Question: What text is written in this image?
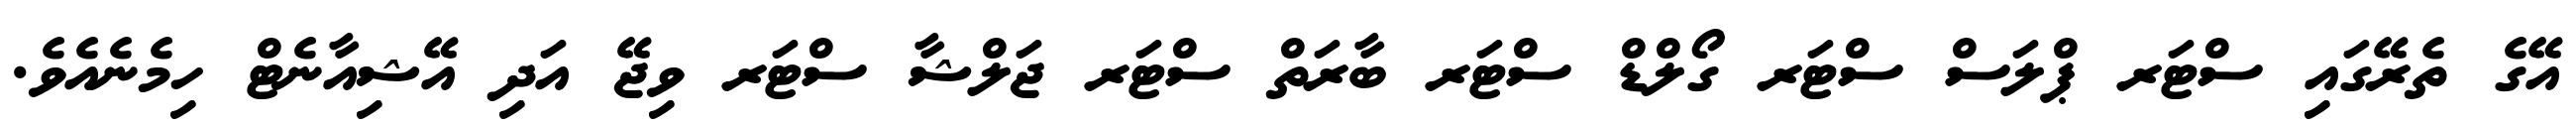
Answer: އޭގެ ތެރޭގައި ސްޓަރ ޕްލަސް ސްޓަރ ގޯލްޑް ސްޓަރ ބާރަތް ސްޓަރ ޖަލްޝާ ސްޓަރ ވިޖޭ އަދި އޭޝިއާނެޓް ހިމެނެއެވެ.